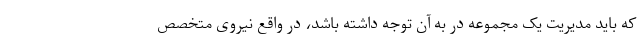
که باید مدیریت یک مجموعه در به آن توجه داشته باشد، در واقع نیروی متخصص